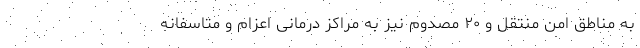
به مناطق امن منتقل و ۲۰ مصدوم نیز به مراکز درمانی اعزام و متاسفانه